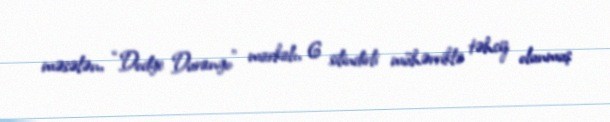
məsələn, “Dodge Durango” markalı, 6 silindirli mühərriklə təhciz olunmuş